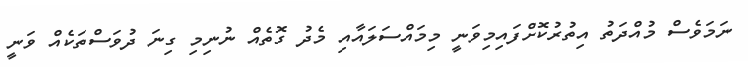
ނަމަވެސް މުއްދަތު އިތުރުކޮށްފައިމިވަނީ މިމައްސަލައާއި މެދު ގޮތެއް ނުނިމި ގިނަ ދުވަސްތަކެއް ވަނީ